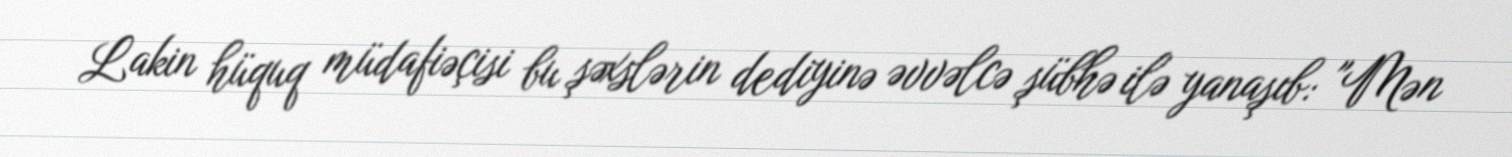
Lakin hüquq müdafiəçisi bu şəxslərin dediyinə əvvəlcə şübhə ilə yanaşıb: "Mən